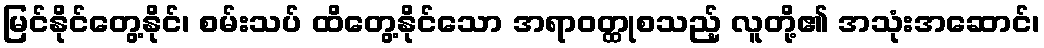
မြင်နိုင်တွေ့နိုင်၊ စမ်းသပ် ထိတွေ့နိုင်သော အရာဝတ္ထုစသည့် လူတို့၏ အသုံးအဆောင်၊